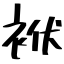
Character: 袱